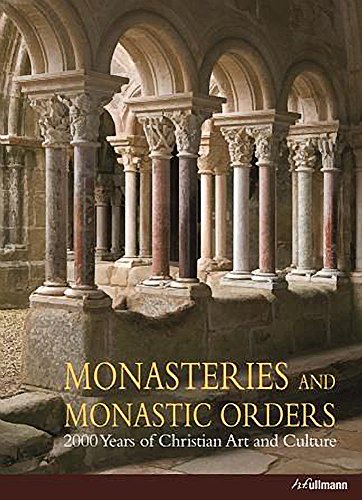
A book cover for Monasteries and Monastic Orders: 2000 Years of Christian Art and Culture; Kristina KrÃEger; Christian Books & Bibles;